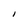
Character: l